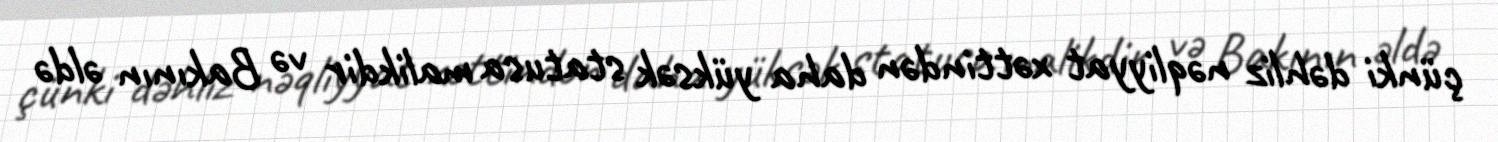
çünki dəhliz nəqliyyat xəttindən daha yüksək statusa malikdir və Bakının əldə